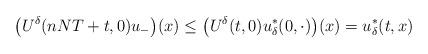
LaTeX: \begin{align*}\big(U^{\delta}(nNT+t, 0)u_-\big)(x)\le \big(U^{\delta}(t, 0)u^*_{\delta}(0,\cdot)\big)(x)=u_\delta^*(t,x)\end{align*}